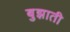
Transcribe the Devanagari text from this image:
बुझाती